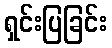
ရှင်းပြခြင်း